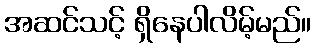
အဆင်သင့် ရှိနေပါလိမ့်မည်။